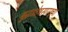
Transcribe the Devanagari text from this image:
बुद्धघोषसारख्या